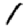
Digit: 1